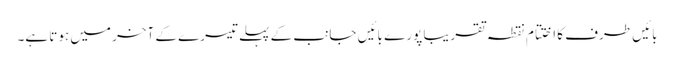
بائیں طرف کا اختتام نقطہ تقریبا پورے بائیں جانب کے پہلے تیسرے کے آخر میں ہوتا ہے۔